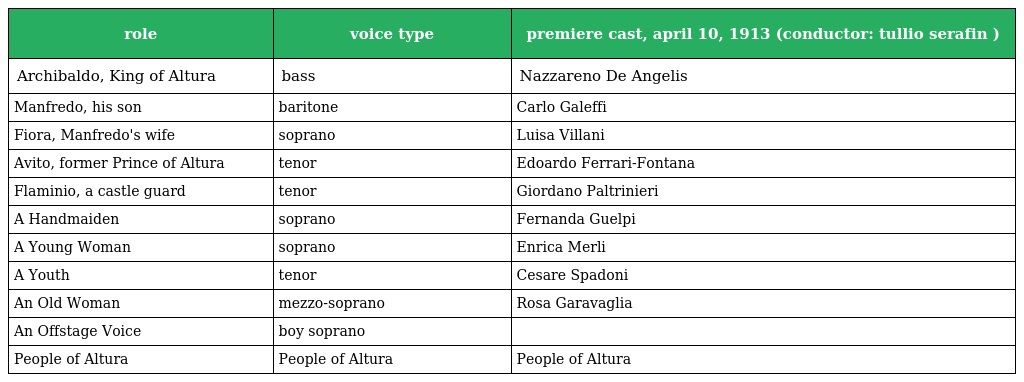
| role | voice type | premiere cast, april 10, 1913 (conductor: tullio serafin ) |
 | --- | --- | --- |
 | Archibaldo, King of Altura | bass | Nazzareno De Angelis |
 | Manfredo, his son | baritone | Carlo Galeffi |
 | Fiora, Manfredo's wife | soprano | Luisa Villani |
 | Avito, former Prince of Altura | tenor | Edoardo Ferrari-Fontana |
 | Flaminio, a castle guard | tenor | Giordano Paltrinieri |
 | A Handmaiden | soprano | Fernanda Guelpi |
 | A Young Woman | soprano | Enrica Merli |
 | A Youth | tenor | Cesare Spadoni |
 | An Old Woman | mezzo-soprano | Rosa Garavaglia |
 | An Offstage Voice | boy soprano |  |
 | People of Altura | People of Altura | People of Altura |